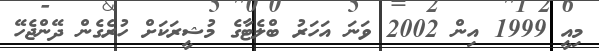
މިއީ 1999 އިން 2002 ވަނަ އަހަރު ބްލެޓާގެ މުޝީރަކަށް ހުރެގެން ދޭންޖެހޭ